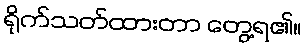
ရိုက်သတ်ထားတာ တွေ့ရ၏။